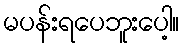
မပန်းရပေဘူးပေါ့။